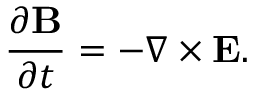
{ \frac { \partial \mathbf { B } } { \partial t } } = - \nabla \times \mathbf { E } .